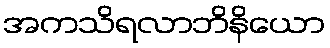
အကသိရလာဘိနိယော